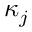
\kappa _ { j }